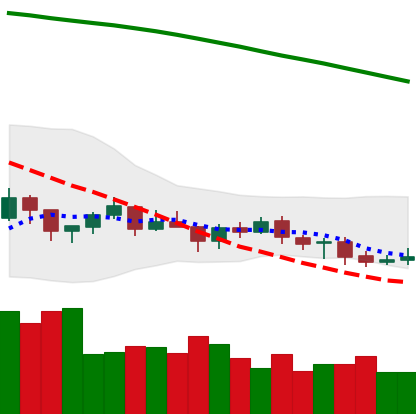
Ticker: BTC-USD
Chart end date: 2021-07-18
Forward return: 5.613%
Label: up_5_7